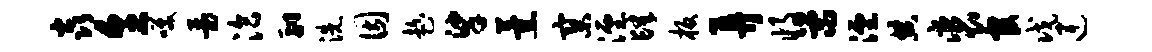
焱烹笑瑟洽翮洗因趁挲薰寥湮肆板弄将荣湮典裘官戊连